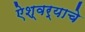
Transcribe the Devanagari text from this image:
ऐश्वर्याचे